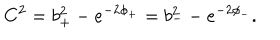
LaTeX: C ^ { 2 } = b _ { + } ^ { 2 } - e ^ { - 2 \phi _ { + } } = b _ { - } ^ { 2 } - e ^ { - 2 \phi _ { - } } .